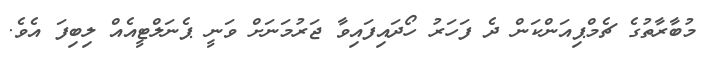
މުބާރާތުގެ ޗެމްޕިއަންކަން ދެ ފަހަރު ހޯދައިފައިވާ ޖަރުމަނަށް ވަނީ ޕެނަލްޓީއެއް ލިިބިފަ އެވެ.